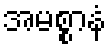
အမစ္စာနံ